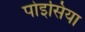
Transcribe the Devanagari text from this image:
पोइसिया